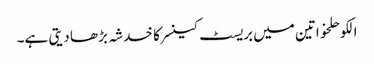
الکوحلخواتین میں بریسٹ کینسر کا خدشہ بڑھا دیتی ہے۔